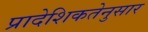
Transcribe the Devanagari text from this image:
प्रादेशिकतेनुसार